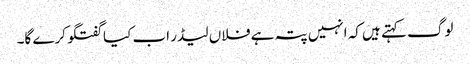
لوگ کہتے ہیں کہ انہیں پتہ ہے فلاں لیڈر اب کیا گفتگو کرے گا۔